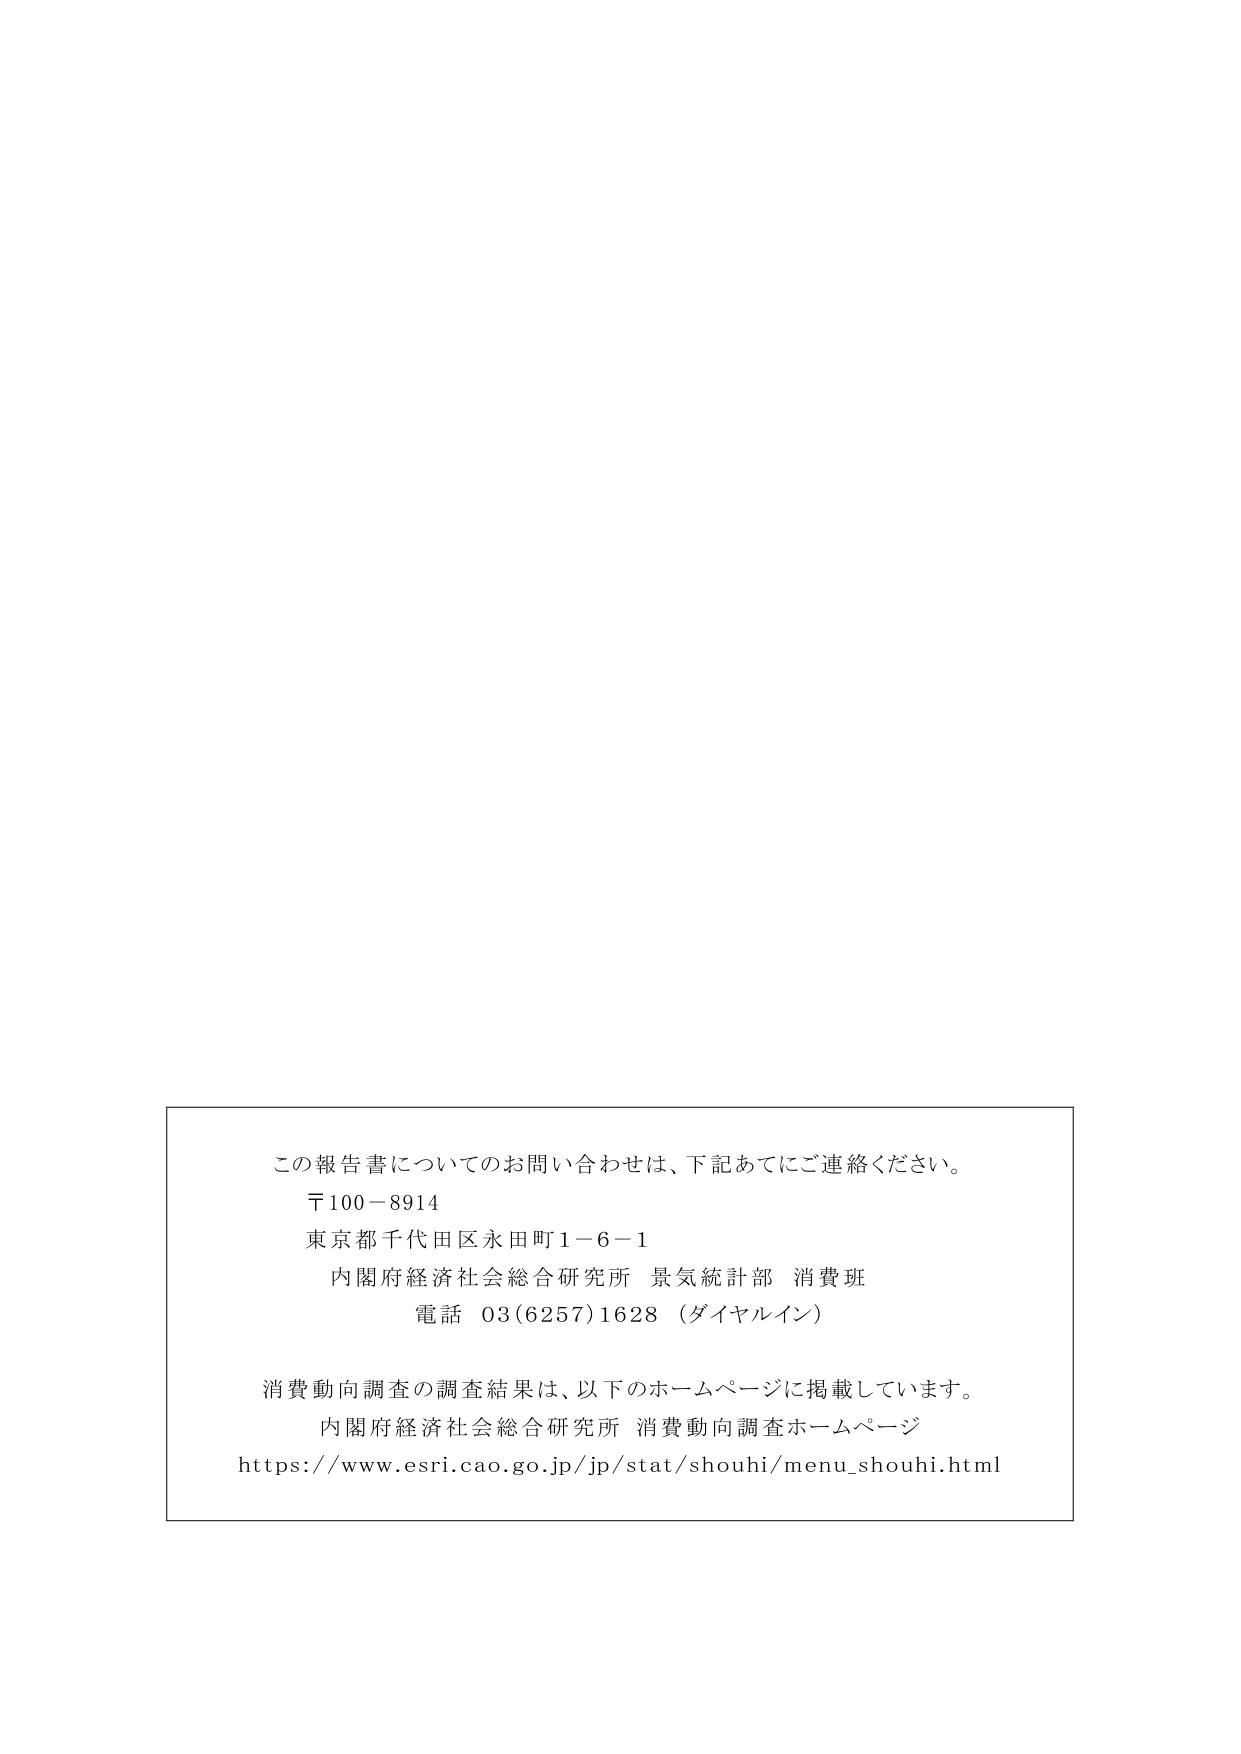
この報告書についてのお問い合わせは、下記あてにご連絡ください。
〒100－8914
東京都千代田区永田町1－6－1
内閣府経済社会総合研究所 景気統計部 消費班
電話 03(6257)1628（ダイヤルイン）

消費動向調査の調査結果は、以下のホームページに掲載しています。
内閣府経済社会総合研究所 消費動向調査ホームページ
https://www.esri.cao.go.jp/jp/stat/shouhi/menu_shouhi.html